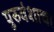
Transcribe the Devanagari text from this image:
पुरुवंशाचा